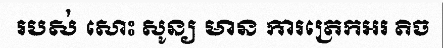
របស់ សោះ សូន្យ មាន ការត្រេកអរ តិច